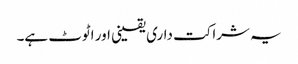
یہ شراکت داری یقینی اور اٹوٹ ہے۔